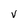
Character: V